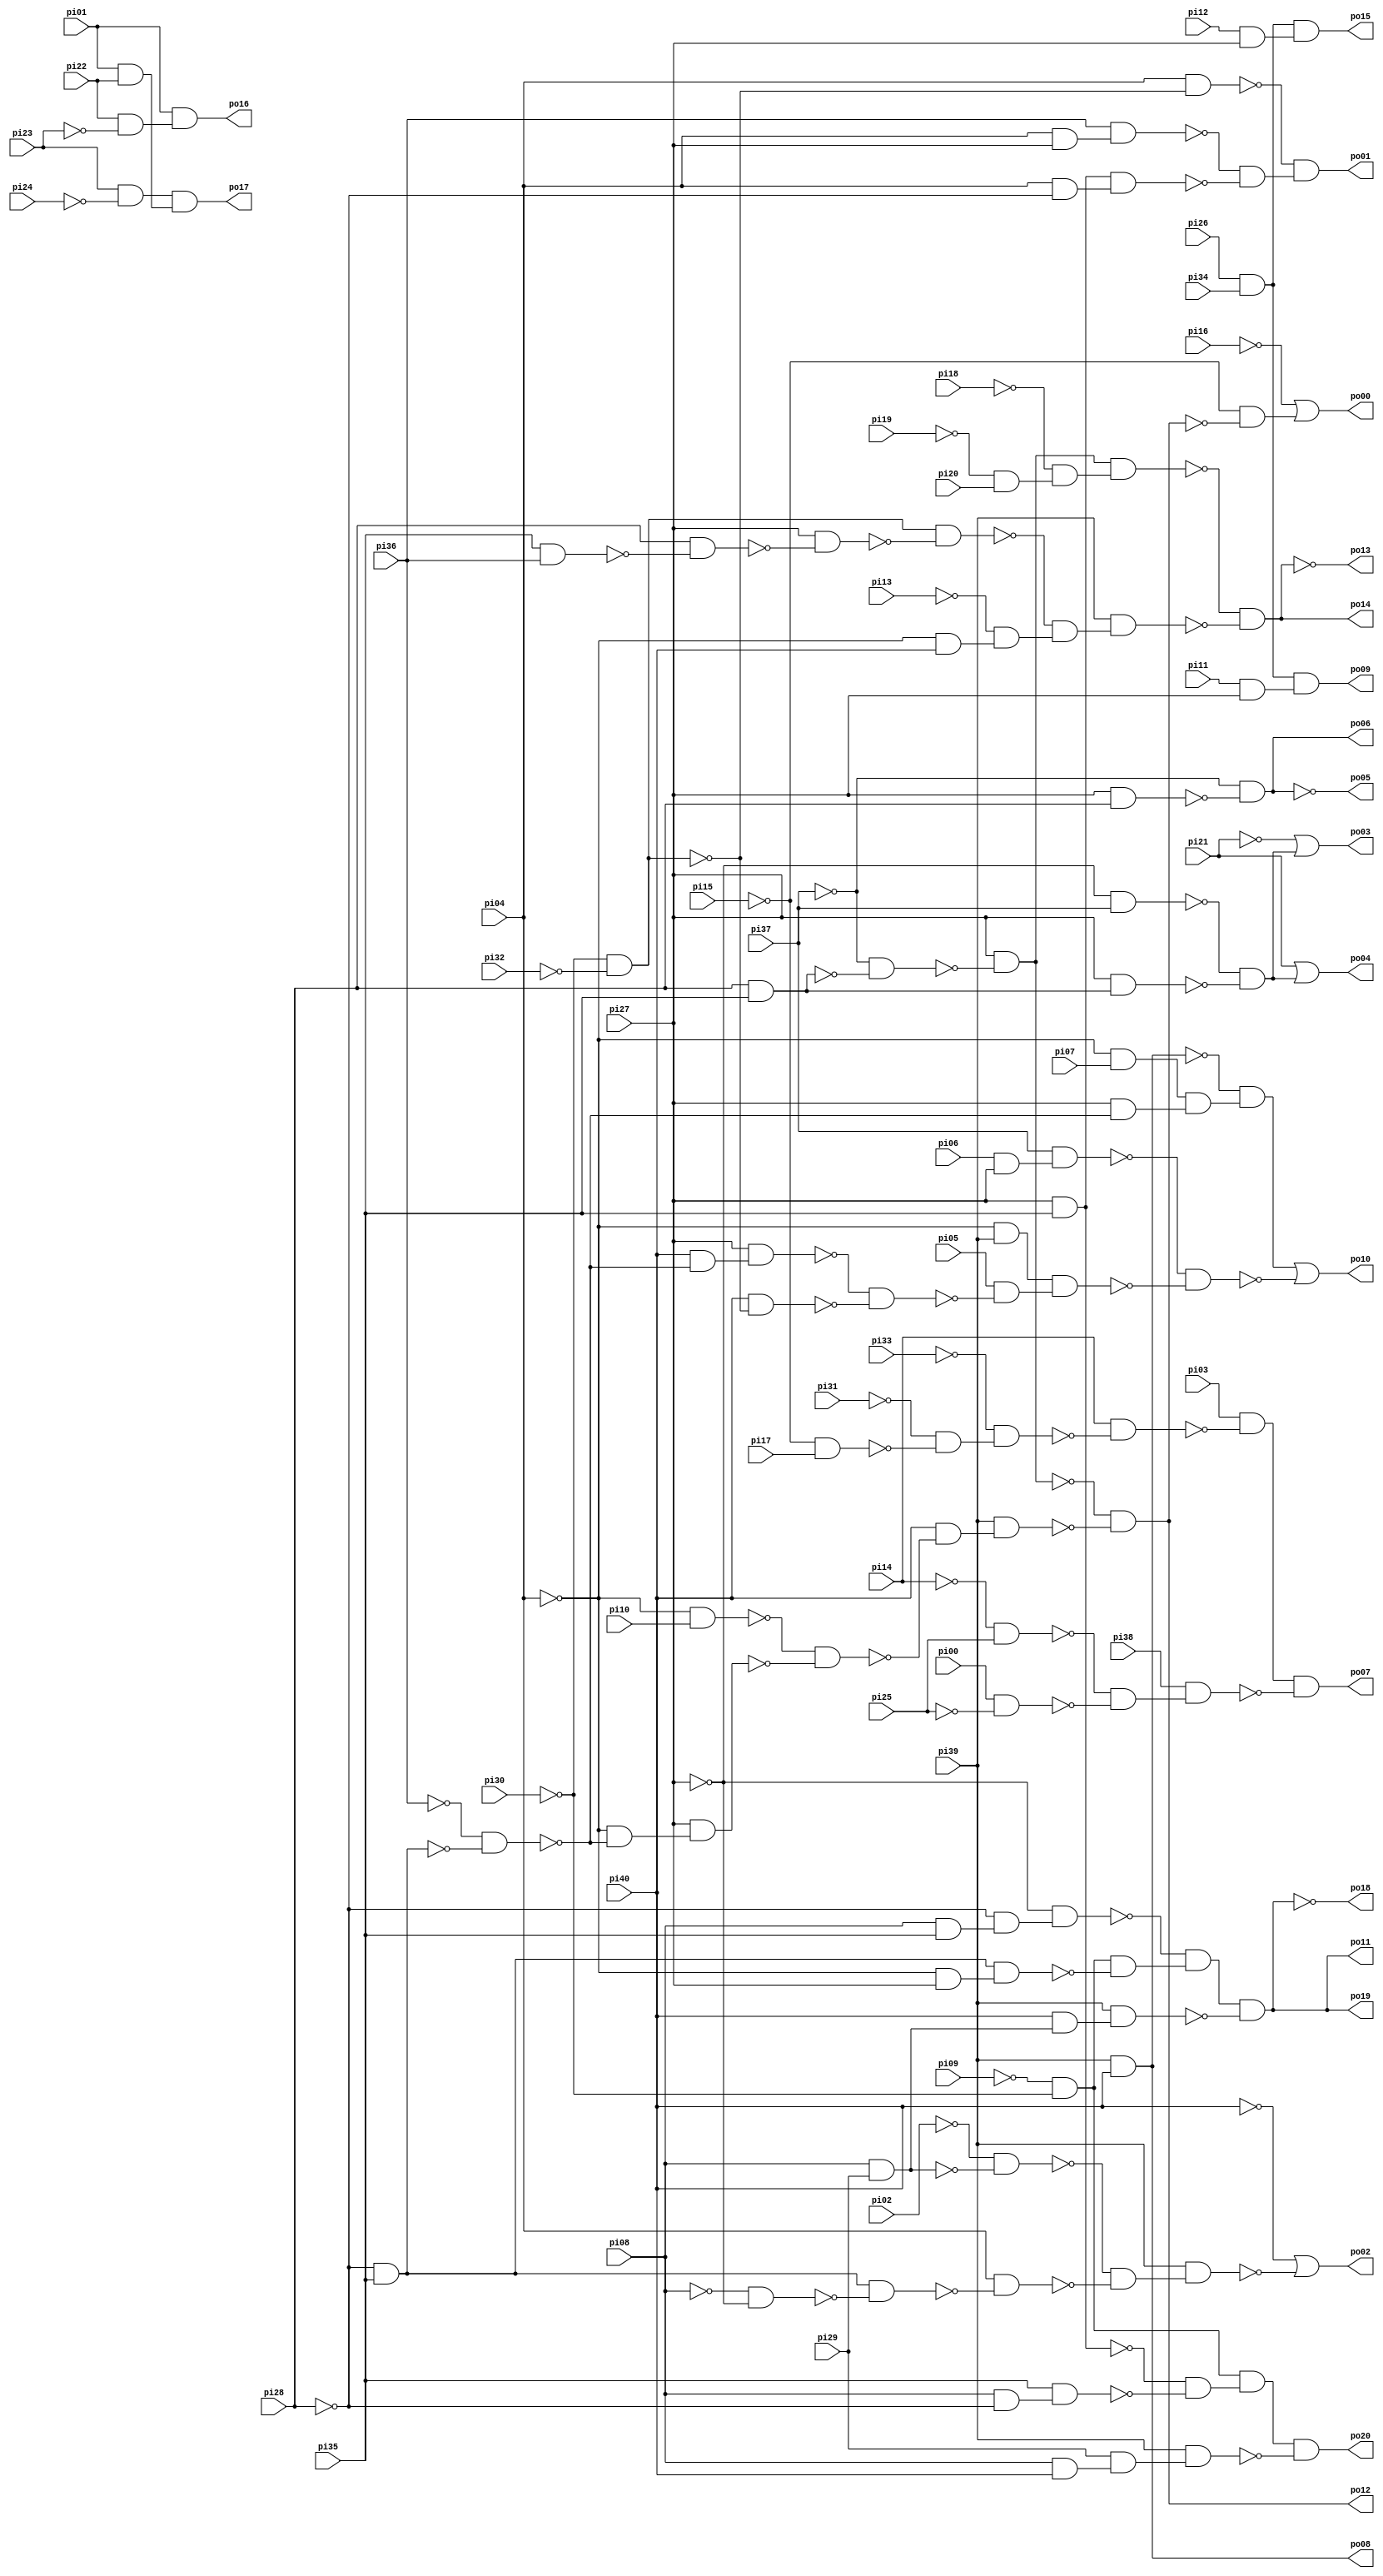
// Benchmark "b9" written by ABC on Sun Apr 22 21:42:58 2018

module b9 ( 
    pi00, pi01, pi02, pi03, pi04, pi05, pi06, pi07, pi08, pi09, pi10, pi11,
    pi12, pi13, pi14, pi15, pi16, pi17, pi18, pi19, pi20, pi21, pi22, pi23,
    pi24, pi25, pi26, pi27, pi28, pi29, pi30, pi31, pi32, pi33, pi34, pi35,
    pi36, pi37, pi38, pi39, pi40,
    po00, po01, po02, po03, po04, po05, po06, po07, po08, po09, po10, po11,
    po12, po13, po14, po15, po16, po17, po18, po19, po20  );
  input  pi00, pi01, pi02, pi03, pi04, pi05, pi06, pi07, pi08, pi09,
    pi10, pi11, pi12, pi13, pi14, pi15, pi16, pi17, pi18, pi19, pi20, pi21,
    pi22, pi23, pi24, pi25, pi26, pi27, pi28, pi29, pi30, pi31, pi32, pi33,
    pi34, pi35, pi36, pi37, pi38, pi39, pi40;
  output po00, po01, po02, po03, po04, po05, po06, po07, po08, po09, po10,
    po11, po12, po13, po14, po15, po16, po17, po18, po19, po20;
  wire n63, n64, n65, n66, n67, n68, n69, n70, n71, n72, n73, n75, n77, n78,
    n79, n80, n81, n82, n83, n84, n86, n87, n88, n89, n90, n91, n92, n94,
    n95, n96, n99, n101, n102, n103, n104, n105, n106, n107, n108, n109,
    n112, n113, n115, n116, n117, n118, n119, n120, n121, n122, n123, n124,
    n125, n126, n127, n128, n130, n131, n132, n133, n134, n135, n136, n137,
    n138, n139, n141, n142, n143, n144, n145, n146, n147, n148, n149, n150,
    n151, n153, n155, n157, n158, n160, n161, n162, n163, n164, n165, n166;
  assign n63 = pi28 & pi35;
  assign n64 = ~pi37 & ~n63;
  assign n65 = pi27 & ~n64;
  assign n66 = ~pi04 & pi10;
  assign n67 = ~pi28 & pi35;
  assign n68 = ~pi36 & ~n67;
  assign n69 = ~pi04 & ~n68;
  assign n70 = pi27 & n69;
  assign n71 = ~n66 & ~n70;
  assign n72 = pi40 & ~n71;
  assign n73 = pi39 & n72;
  assign po12 = ~n65 & ~n73;
  assign n75 = ~pi15 & ~po12;
  assign po00 = ~pi16 | n75;
  assign n77 = pi04 & pi27;
  assign n78 = pi36 & n77;
  assign n79 = pi27 & pi35;
  assign n80 = pi04 & ~pi28;
  assign n81 = n79 & n80;
  assign n82 = ~pi30 & ~pi32;
  assign n83 = pi04 & ~n82;
  assign n84 = ~n78 & ~n81;
  assign po01 = ~n83 & n84;
  assign n86 = ~pi08 & ~pi27;
  assign n87 = n67 & ~n86;
  assign n88 = pi08 & pi29;
  assign n89 = ~pi02 & ~n88;
  assign n90 = pi04 & ~n87;
  assign n91 = ~n89 & ~n90;
  assign n92 = pi39 & n91;
  assign po02 = ~pi40 | ~n92;
  assign n94 = ~pi27 & pi37;
  assign n95 = pi27 & n63;
  assign n96 = ~n94 & ~n95;
  assign po03 = ~pi21 | n96;
  assign po04 = pi21 | n96;
  assign n99 = pi27 & pi28;
  assign po06 = ~pi37 & ~n99;
  assign n101 = ~pi15 & pi17;
  assign n102 = ~pi31 & ~n101;
  assign n103 = ~pi33 & n102;
  assign n104 = pi14 & ~n103;
  assign n105 = pi03 & ~n104;
  assign n106 = ~pi14 & pi25;
  assign n107 = pi00 & ~pi25;
  assign n108 = ~n106 & ~n107;
  assign n109 = pi38 & n108;
  assign po07 = n105 & ~n109;
  assign po08 = pi39 & pi40;
  assign n112 = pi26 & pi34;
  assign n113 = pi11 & pi27;
  assign po09 = n112 & n113;
  assign n115 = pi06 & pi27;
  assign n116 = pi37 & n115;
  assign n117 = pi40 & ~n68;
  assign n118 = pi27 & n117;
  assign n119 = pi40 & ~n82;
  assign n120 = ~n118 & ~n119;
  assign n121 = ~pi04 & pi39;
  assign n122 = pi05 & ~n120;
  assign n123 = n121 & n122;
  assign n124 = ~pi04 & pi07;
  assign n125 = pi27 & ~n68;
  assign n126 = n124 & n125;
  assign n127 = ~po08 & n126;
  assign n128 = ~n116 & ~n123;
  assign po10 = n127 | ~n128;
  assign n130 = ~pi09 & ~pi30;
  assign n131 = ~pi04 & pi27;
  assign n132 = n67 & n131;
  assign n133 = pi08 & pi35;
  assign n134 = ~pi28 & n133;
  assign n135 = ~pi27 & n134;
  assign n136 = n130 & ~n132;
  assign n137 = ~n135 & n136;
  assign n138 = pi40 & n88;
  assign n139 = pi39 & n138;
  assign po11 = n137 & ~n139;
  assign n141 = ~pi19 & pi20;
  assign n142 = ~pi18 & n141;
  assign n143 = n65 & n142;
  assign n144 = ~pi04 & pi40;
  assign n145 = pi35 & pi36;
  assign n146 = pi28 & ~n145;
  assign n147 = pi27 & ~n146;
  assign n148 = n82 & ~n147;
  assign n149 = ~pi13 & n144;
  assign n150 = ~n148 & n149;
  assign n151 = pi39 & n150;
  assign po14 = ~n143 & ~n151;
  assign n153 = pi12 & pi27;
  assign po15 = n112 & n153;
  assign n155 = pi22 & ~pi23;
  assign po16 = pi01 & n155;
  assign n157 = pi23 & ~pi24;
  assign n158 = pi01 & pi22;
  assign po17 = n157 & n158;
  assign n160 = pi08 & ~pi28;
  assign n161 = pi35 & n160;
  assign n162 = ~n79 & ~n161;
  assign n163 = n130 & n162;
  assign n164 = pi08 & pi40;
  assign n165 = pi29 & n164;
  assign n166 = pi39 & n165;
  assign po20 = n163 & ~n166;
  assign po05 = ~po06;
  assign po13 = ~po14;
  assign po18 = ~po11;
  assign po19 = po11;
endmodule